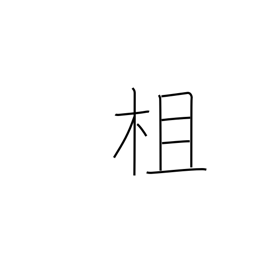
Meaning: railing